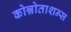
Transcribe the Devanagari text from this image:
कोन्नोताशन्स